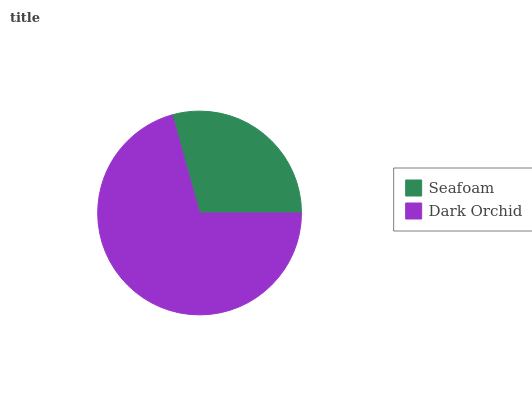
| Seafoam | Dark Orchid |
 | --- | --- |
 | 29.3% | 70.7% |